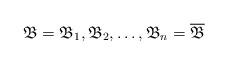
LaTeX: \begin{align*}\mathfrak{B}=\mathfrak{B}_1,\mathfrak{B}_2,\ldots,\mathfrak{B}_n=\overline{\mathfrak{B}}\end{align*}